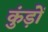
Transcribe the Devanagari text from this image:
कुंड़ों